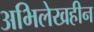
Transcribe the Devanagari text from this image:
अभिलेखहीन